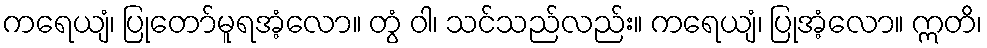
ကရေယျံ၊ ပြုတော်မူရအံ့လော။ တွံ ဝါ၊ သင်သည်လည်း။ ကရေယျံ၊ ပြုအံ့လော။ ဣတိ၊